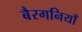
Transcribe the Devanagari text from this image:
बैरगनियाँ